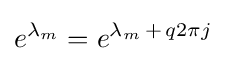
e^{\lambda _{m}}=e^{\lambda _{m}\,+\,q2\pi j}